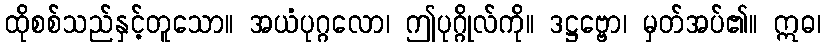
ထိုစစ်သည်နှင့်တူသော။ အယံပုဂ္ဂလော၊ ဤပုဂ္ဂိုလ်ကို။ ဒဋ္ဌဗ္ဗော၊ မှတ်အပ်၏။ ဣဓ၊